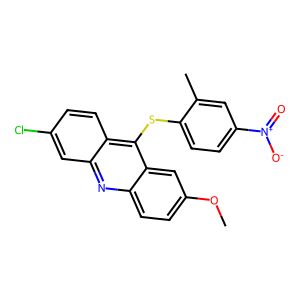
SMILES: COc1ccc2nc3cc(Cl)ccc3c(Sc3ccc([N+](=O)[O-])cc3C)c2c1
Inhibits HIV replication: No